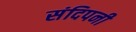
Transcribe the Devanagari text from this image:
संदिपनी